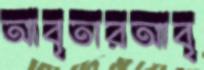
আবৃতারআবৃ